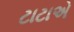
ટાટાએ